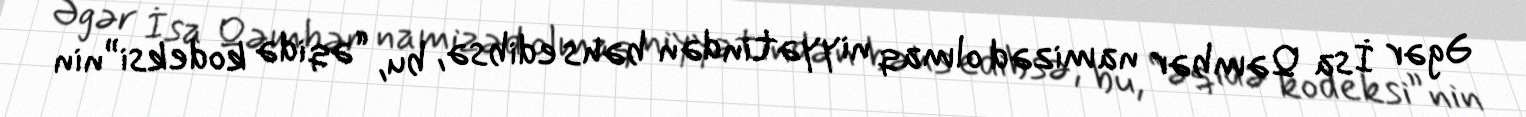
Əgər İsa Qəmbər namizəd olmaq niyyətindən bəhs edibsə, bu, “əqidə kodeksi”nin